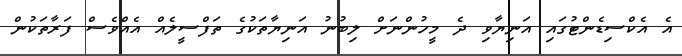
އެ އެކްސިޑެންޓުގައި އަނިޔާވި ދެ މީހުންނަށް ލިބުނު އަނިޔާތަކުގެ ތަފްސީލެއް އެއްވެސް ފަރާތަކުން